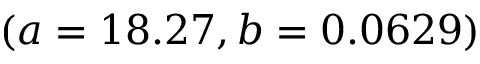
( a = 1 8 . 2 7 , b = 0 . 0 6 2 9 )